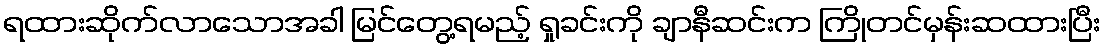
ရထားဆိုက်လာသောအခါ မြင်တွေ့ရမည့် ရှုခင်းကို ချာနီဆင်းက ကြိုတင်မှန်းဆထားပြီး